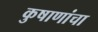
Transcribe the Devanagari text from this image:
कुषाणांचा